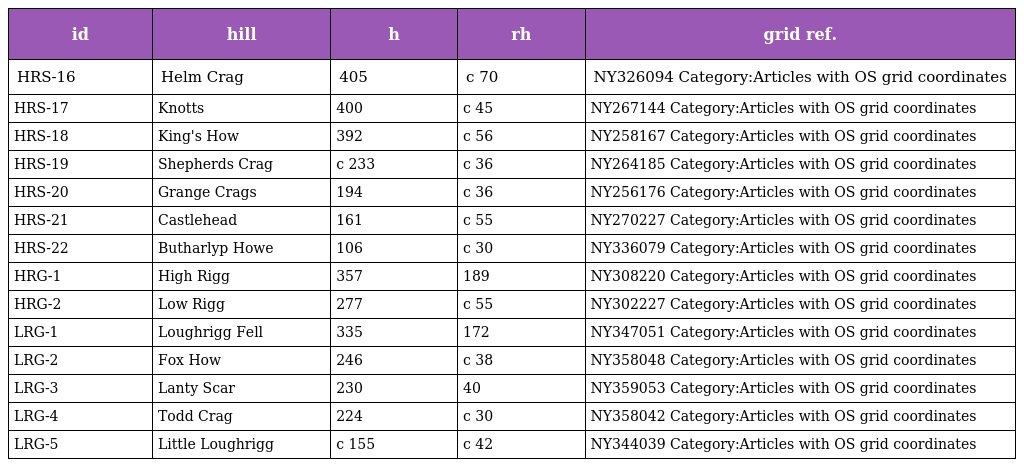
| id | hill | h | rh | grid ref. |
 | --- | --- | --- | --- | --- |
 | HRS-16 | Helm Crag | 405 | c 70 | NY326094 Category:Articles with OS grid coordinates |
 | HRS-17 | Knotts | 400 | c 45 | NY267144 Category:Articles with OS grid coordinates |
 | HRS-18 | King's How | 392 | c 56 | NY258167 Category:Articles with OS grid coordinates |
 | HRS-19 | Shepherds Crag | c 233 | c 36 | NY264185 Category:Articles with OS grid coordinates |
 | HRS-20 | Grange Crags | 194 | c 36 | NY256176 Category:Articles with OS grid coordinates |
 | HRS-21 | Castlehead | 161 | c 55 | NY270227 Category:Articles with OS grid coordinates |
 | HRS-22 | Butharlyp Howe | 106 | c 30 | NY336079 Category:Articles with OS grid coordinates |
 | HRG-1 | High Rigg | 357 | 189 | NY308220 Category:Articles with OS grid coordinates |
 | HRG-2 | Low Rigg | 277 | c 55 | NY302227 Category:Articles with OS grid coordinates |
 | LRG-1 | Loughrigg Fell | 335 | 172 | NY347051 Category:Articles with OS grid coordinates |
 | LRG-2 | Fox How | 246 | c 38 | NY358048 Category:Articles with OS grid coordinates |
 | LRG-3 | Lanty Scar | 230 | 40 | NY359053 Category:Articles with OS grid coordinates |
 | LRG-4 | Todd Crag | 224 | c 30 | NY358042 Category:Articles with OS grid coordinates |
 | LRG-5 | Little Loughrigg | c 155 | c 42 | NY344039 Category:Articles with OS grid coordinates |